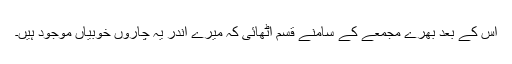
اس کے بعد بھرے مجمعے کے سامنے قسم اٹھائی کہ میرے اندر یہ چاروں خوبیاں موجود ہیں۔